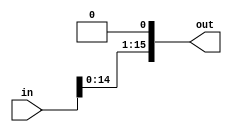
module SHL1 ( in, out );
input [15:0] in;
output reg [15:0] out;

always@(*)

out = { in[14:0], 1'b0 };

endmodule